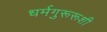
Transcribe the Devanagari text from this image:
धर्मगुरूरूशी